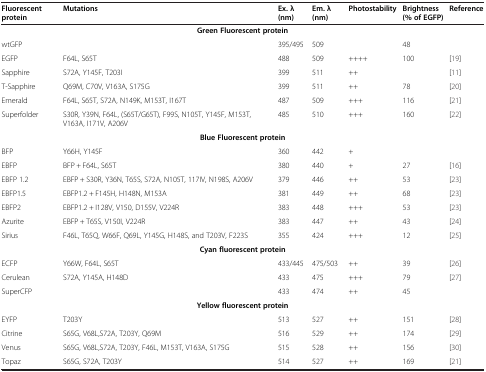
<table><thead><tr><td><b>Fluorescent protein</b></td><td><b>Mutations</b></td><td><b>Ex. λ (nm)</b></td><td><b>Em. λ (nm)</b></td><td><b>Photostability</b></td><td><b>Brightness (% of EGFP)</b></td><td><b>Reference</b></td></tr></thead><tbody><tr><td colspan="7"><b>Green Fluorescent protein</b></td></tr><tr><td>wtGFP</td><td> </td><td>395/495</td><td>509</td><td> </td><td>48</td><td> </td></tr><tr><td>EGFP</td><td>F64L, S65T</td><td>488</td><td>509</td><td>++++</td><td>100</td><td>[19]</td></tr><tr><td>Sapphire</td><td>S72A, Y145F, T203I</td><td>399</td><td>511</td><td>++</td><td> </td><td>[11]</td></tr><tr><td>T-Sapphire</td><td>Q69M, C70V, V163A, S175G</td><td>399</td><td>511</td><td>++</td><td>78</td><td>[20]</td></tr><tr><td>Emerald</td><td>F64L, S65T, S72A, N149K, M153T, I167T</td><td>487</td><td>509</td><td>+++</td><td>116</td><td>[21]</td></tr><tr><td>Superfolder</td><td>S30R, Y39N, F64L, (S65T/G65T), F99S, N105T, Y145F, M153T, V163A, I171V, A206V</td><td>485</td><td>510</td><td>+++</td><td>160</td><td>[22]</td></tr><tr><td colspan="7"><b>Blue Fluorescent protein</b></td></tr><tr><td>BFP</td><td>Y66H, Y145F</td><td>360</td><td>442</td><td>+</td><td> </td><td> </td></tr><tr><td>EBFP</td><td>BFP + F64L, S65T</td><td>380</td><td>440</td><td>+</td><td>27</td><td>[16]</td></tr><tr><td>EBFP 1.2</td><td>EBFP + S30R, Y36N, T65S, S72A, N105T, 117IV, N198S, A206V</td><td>379</td><td>446</td><td>++</td><td>53</td><td>[23]</td></tr><tr><td>EBFP1.5</td><td>EBFP1.2 + F145H, H148N, M153A</td><td>381</td><td>449</td><td>++</td><td>68</td><td>[23]</td></tr><tr><td>EBFP2</td><td>EBFP1.2 + I128V, V150, D155V, V224R</td><td>383</td><td>448</td><td>+++</td><td>53</td><td>[23]</td></tr><tr><td>Azurite</td><td>EBFP + T65S, V150I, V224R</td><td>383</td><td>447</td><td>++</td><td>43</td><td>[24]</td></tr><tr><td>Sirius</td><td>F46L, T65Q, W66F, Q69L, Y145G, H148S, and T203V, F223S</td><td>355</td><td>424</td><td>+++</td><td>12</td><td>[25]</td></tr><tr><td colspan="7"><b>Cyan fluorescent protein</b></td></tr><tr><td>ECFP</td><td>Y66W, F64L, S65T</td><td>433/445</td><td>475/503</td><td>++</td><td>39</td><td>[26]</td></tr><tr><td>Cerulean</td><td>S72A, Y145A, H148D</td><td>433</td><td>475</td><td>+++</td><td>79</td><td>[27]</td></tr><tr><td>SuperCFP</td><td> </td><td>433</td><td>474</td><td>++</td><td>45</td><td> </td></tr><tr><td colspan="7"><b>Yellow fluorescent protein</b></td></tr><tr><td>EYFP</td><td>T203Y</td><td>513</td><td>527</td><td>++</td><td>151</td><td>[28]</td></tr><tr><td>Citrine</td><td>S65G, V68L,S72A, T203Y, Q69M</td><td>516</td><td>529</td><td>++</td><td>174</td><td>[29]</td></tr><tr><td>Venus</td><td>S65G, V68L,S72A, T203Y, F46L, M153T, V163A, S175G</td><td>515</td><td>528</td><td>++</td><td>156</td><td>[30]</td></tr><tr><td>Topaz</td><td>S65G, S72A, T203Y</td><td>514</td><td>527</td><td>++</td><td>169</td><td>[21]</td></tr></tbody></table>